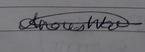
Signature authenticity: genuine